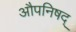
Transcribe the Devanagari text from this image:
औपनिषद्